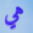
هي